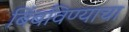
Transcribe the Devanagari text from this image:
बिंबविण्याचा